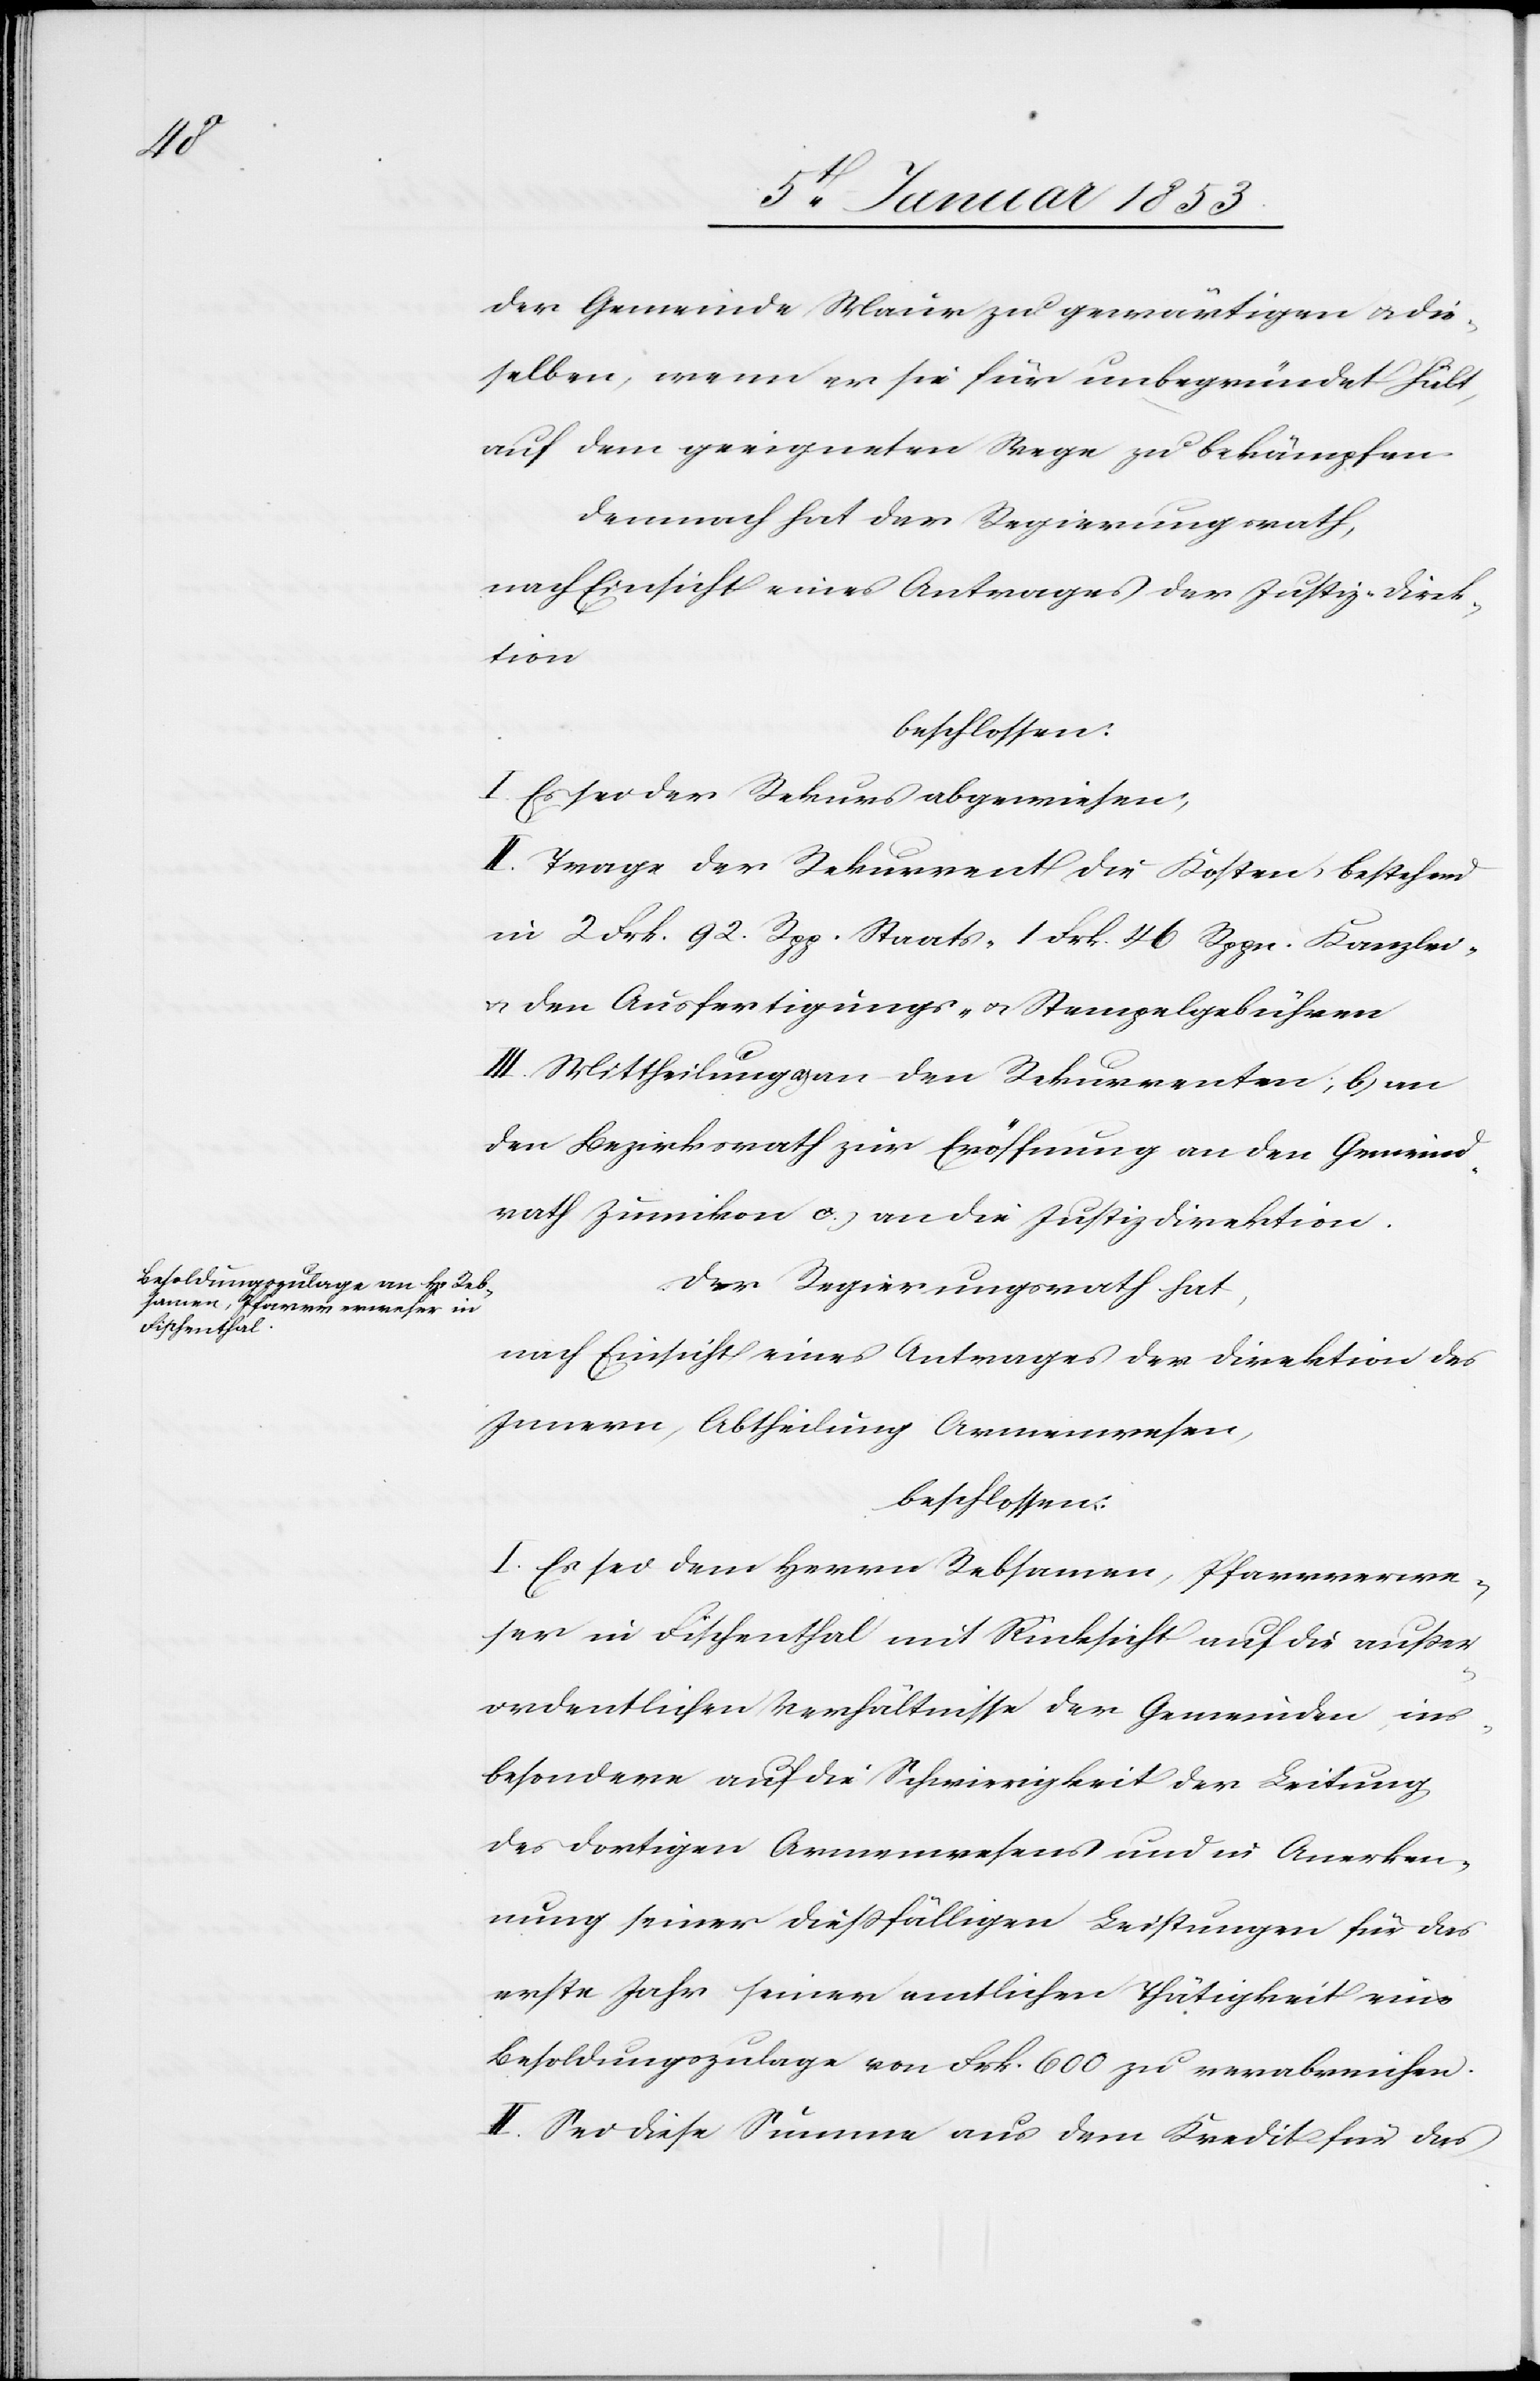
der Gemeinde Maur zu gewärtigen u. die¬
selben, wenn er sie für unbegründet hält,
auf dem geeigneten Wege zu bekämpfen.
demnach hat der Regierungsrath,
nach Einsicht eines Antrages der Justizdirek¬
tion
beschlossen:
I. Es sei der Rekurs abgewiesen:
II. Trage der Rekurrent die Kosten, bestehend
in 2 Frk 92 Rpp Staats- 1 Frk 46 Rpp. Kanzlei-
u. den Ausfertigungs- und Stempelgebühren
III. Mittheilung a) an den Rekurrenten; b) an
den Bezirksrath zur Eröffnung an den Gemeind¬
rath Zumikon c.) an die Justizdirektion.
Der Regierungsrath hat,
nach Einsicht eines Antrages der Direktion des
Innern, Abtheilung Armenwesen,
beschlossen:
I. Es sei dem Herrn Rebsamen, Pfarrverwe¬
ser in Fischenthal mit Rücksicht auf die ausser¬
ordentlichen Verhältnisse der Gemeinden ins¬
besondere auf die Schwierigkeit der Leitung,
des dortigen Armenwesens und in Anwen¬
dung seiner diessfälligen Leistungen für das
erste Jahr seiner amtlichen Thätigkeit eine
Besoldungszulage von Frk. 600 zu verabreichen.
II. Sei diese Summe aus dem Kredit für das